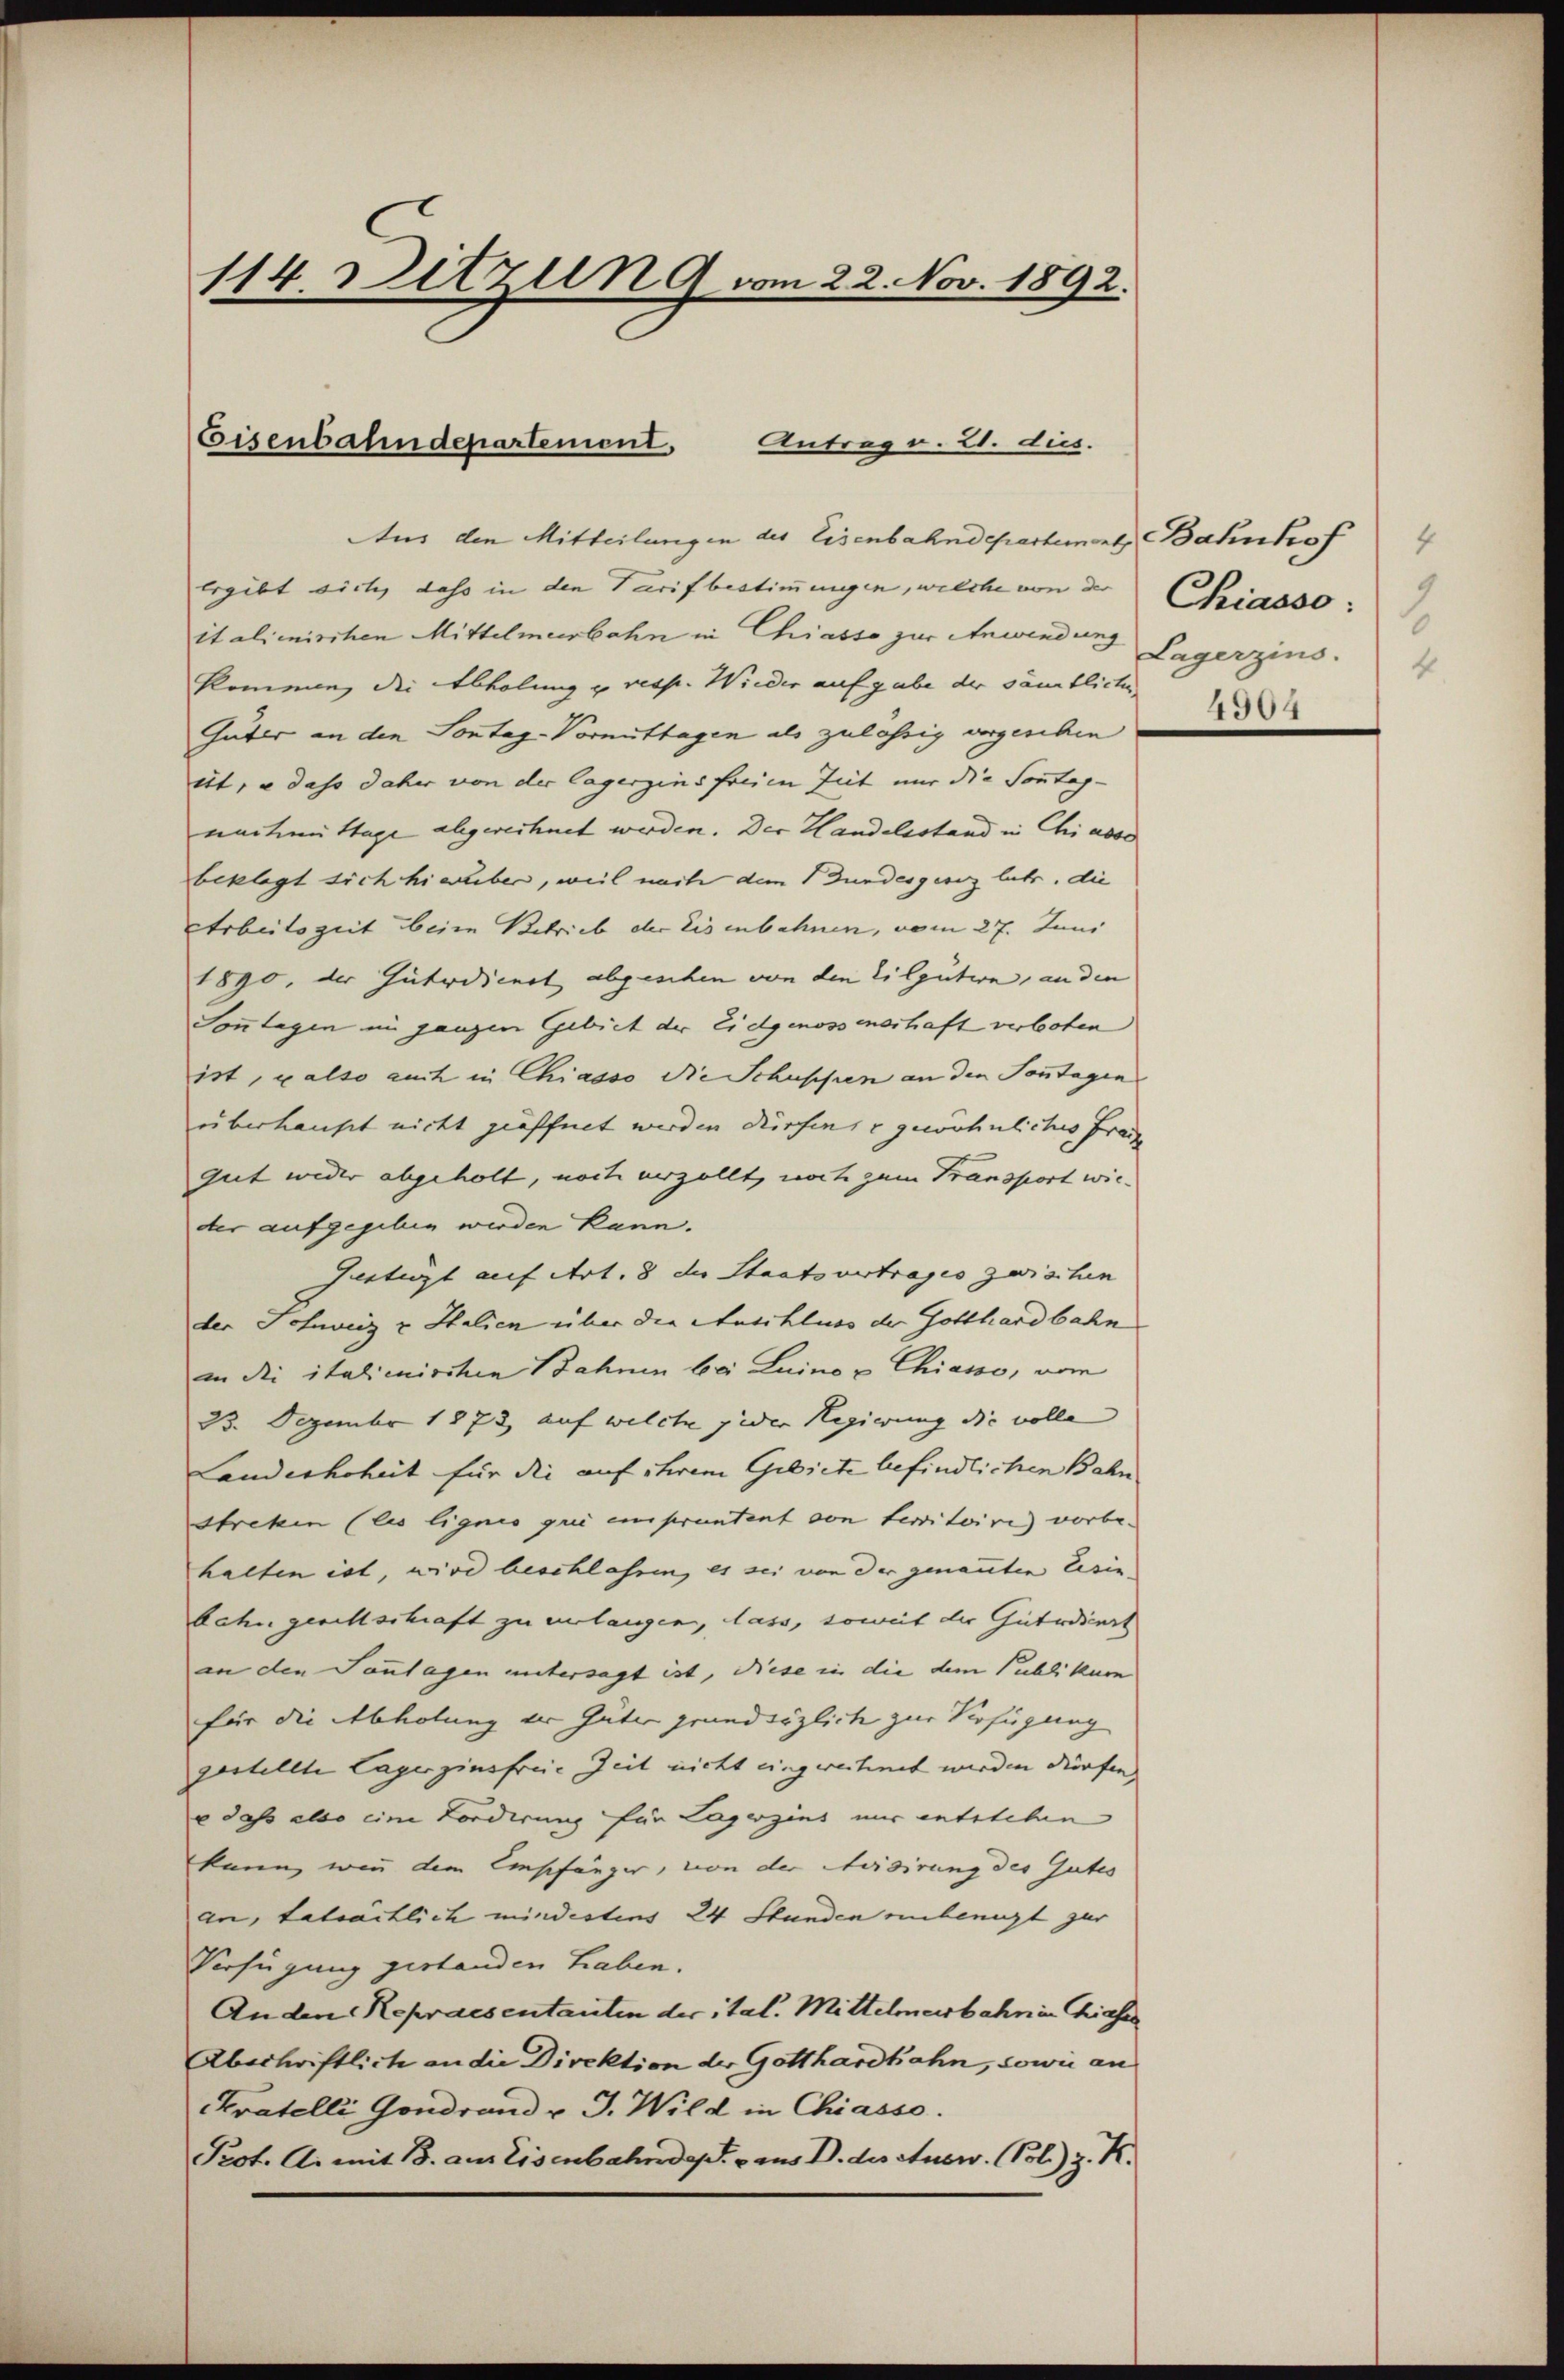
114. Ditzen 9 vom 22. Nov. 1892.

Eisenbahndepartement,
Antrag v. 2. aus.

Aus den Mitteilungen des Eisenbahndepartement Bahnhof 4
Ergibt sich, dass in den Tarif bestimmungen, welche von der
italienischen Mittelmeerbahn in Chiasso zur Anwendung
kommen, die Abholung u resp. Wieder aufgabe der sämmtliche
Güter an den Sontag-Vormittagen als zulässig vergesehen
eit. e dass daher von der Lagerzins freien Zeit nur die Sonntag-
nachmittage abgerechnet werden. Der Handelsstand in Chi abso
beklagt sich hierüber, weil nach dem Bundesgesez lutr. die
AArbeitszeit beim Betrieb der Eisenbahnen, vom 27. Juni
1890, der Güterdienet abgeschen von den Tilgution, an den
Sonntagen im ganzen Gebiet der Eidgenossenschaft verboten
ist, also auch in Chiasso die Schuppien an den Sonntagen
überhaupt nicht geöffnet werden dürfen, u gewöhnliches Frau
gut weder abgeholt, noch verzollt, noch zum Transport wieder aufgegeben werden kann.
Gaetigst auf Art. 8 der Staatsvertrages zwischen
der Schweiz & Halien über die Auschluss der Gotthardbahn
in die italicirten Bahnen bei Luino u Chiasso, vom
23. Dezember 1873 auf welche jeder Regierung die volle
Landeshoheit für die auf ihrem Gebiete befindlichen Bahn
Streken (les lignis qui empruntent von territoirig vorbe
halten ist, wird beschlassen, es sei von der genanten Eisin-
bahn geschschaft zu erlangen, dass, soweit der Güterdiert
an den Sonntagen untersagt ist, diese in die dem Publikum
für die Abholung der Güter grundsäzlich zur Verfügung
gestellte Lagerzinsfreie Zeit nicht eingerechnet werden dürfen. |
 daß also eine Forderung für Lagerzins nur entstehen
kann, wenn dem Empfänger, von der Meisirung des Gutes
an, tatsächlich mindestens 24 Stunden einbeengt zur
Verfügung gestanden haben.
Anden Repraesentanten der ital. Mittelmeisbahn in hieses
Abschriftlich an die Direktion der Gotthardbahn, sowie an
Kratelli Gondrand v. J. Wild in Chiasso.
Prot. A. mit B. am Eisenbahndept. u. aus D. des Ausw. (Pol.) z. K.

Chiasso:
Lagerzins.
4
4904